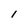
Character: 1